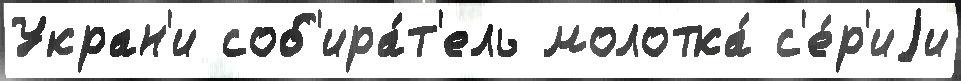
Укран'и соб'ира́т'ель молотка́ с'е́р'иjи